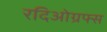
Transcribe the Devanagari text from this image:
रदिओग्रफ्स